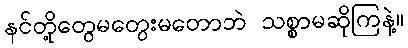
နင်တို့တွေမတွေးမတောဘဲ သစ္စာမဆိုကြနဲ့။